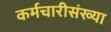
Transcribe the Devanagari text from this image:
कर्मचारीसंख्या